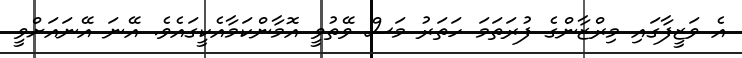
އެ ވަޒީފާގައި މިރްޒާންގެ ފުރަތަމަ ހަތަރު މަސް ވޭތުވީ އޮމާންކަމާއެކީގައެވެ. އޭނަ އޭނައަށްވީ